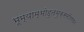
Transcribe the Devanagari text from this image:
भूम्याम्भोहुतभुक्समीरगगनं